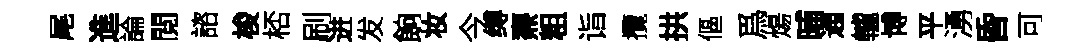
尾進論閲諮梭桮刷进发餉妆今缚燾粗诣攬拱傴爲煬晡通轤博平湧昏可